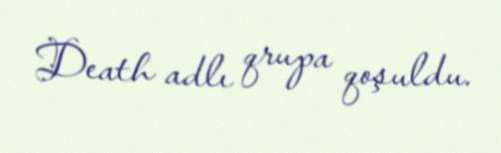
Death adlı qrupa qoşuldu.